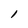
Character: l